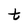
Character: t